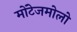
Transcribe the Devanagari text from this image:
मोंटेजमोलो